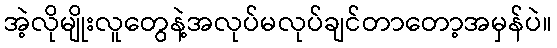
အဲ့လိုမျိုးလူတွေနဲ့အလုပ်မလုပ်ချင်တာတော့အမှန်ပဲ။